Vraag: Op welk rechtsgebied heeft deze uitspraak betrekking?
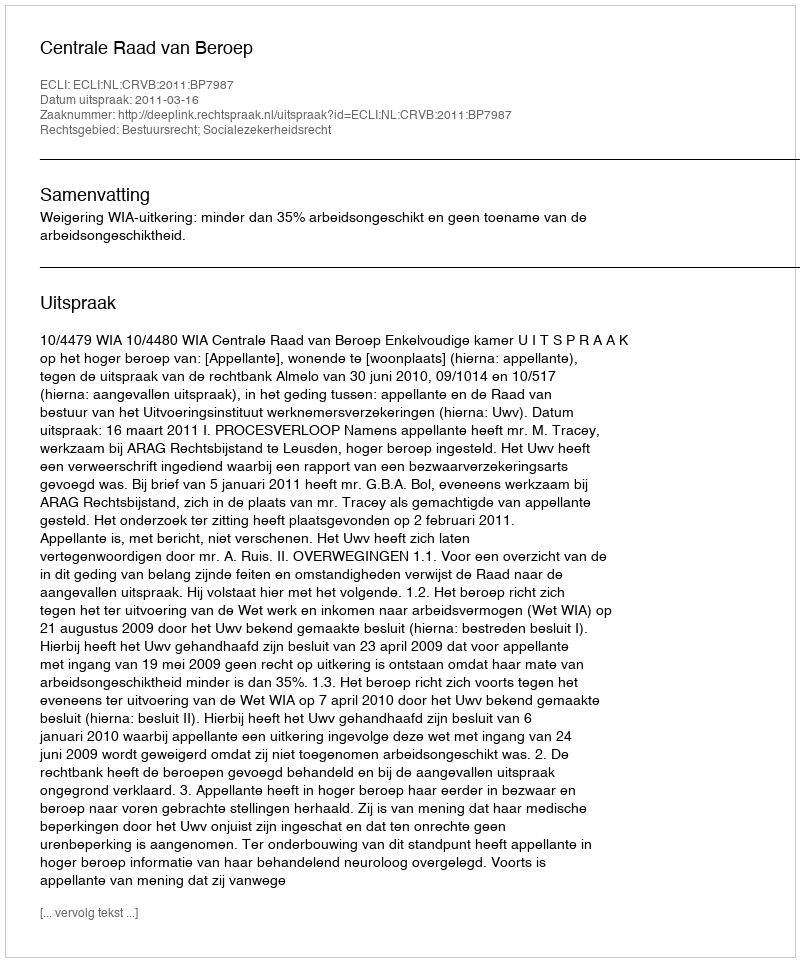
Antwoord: Bestuursrecht; Socialezekerheidsrecht